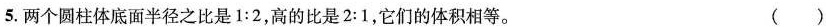
5.两个圆柱体底面半径之比是1:2，高的比是2:1，它们的体积相等。 ()